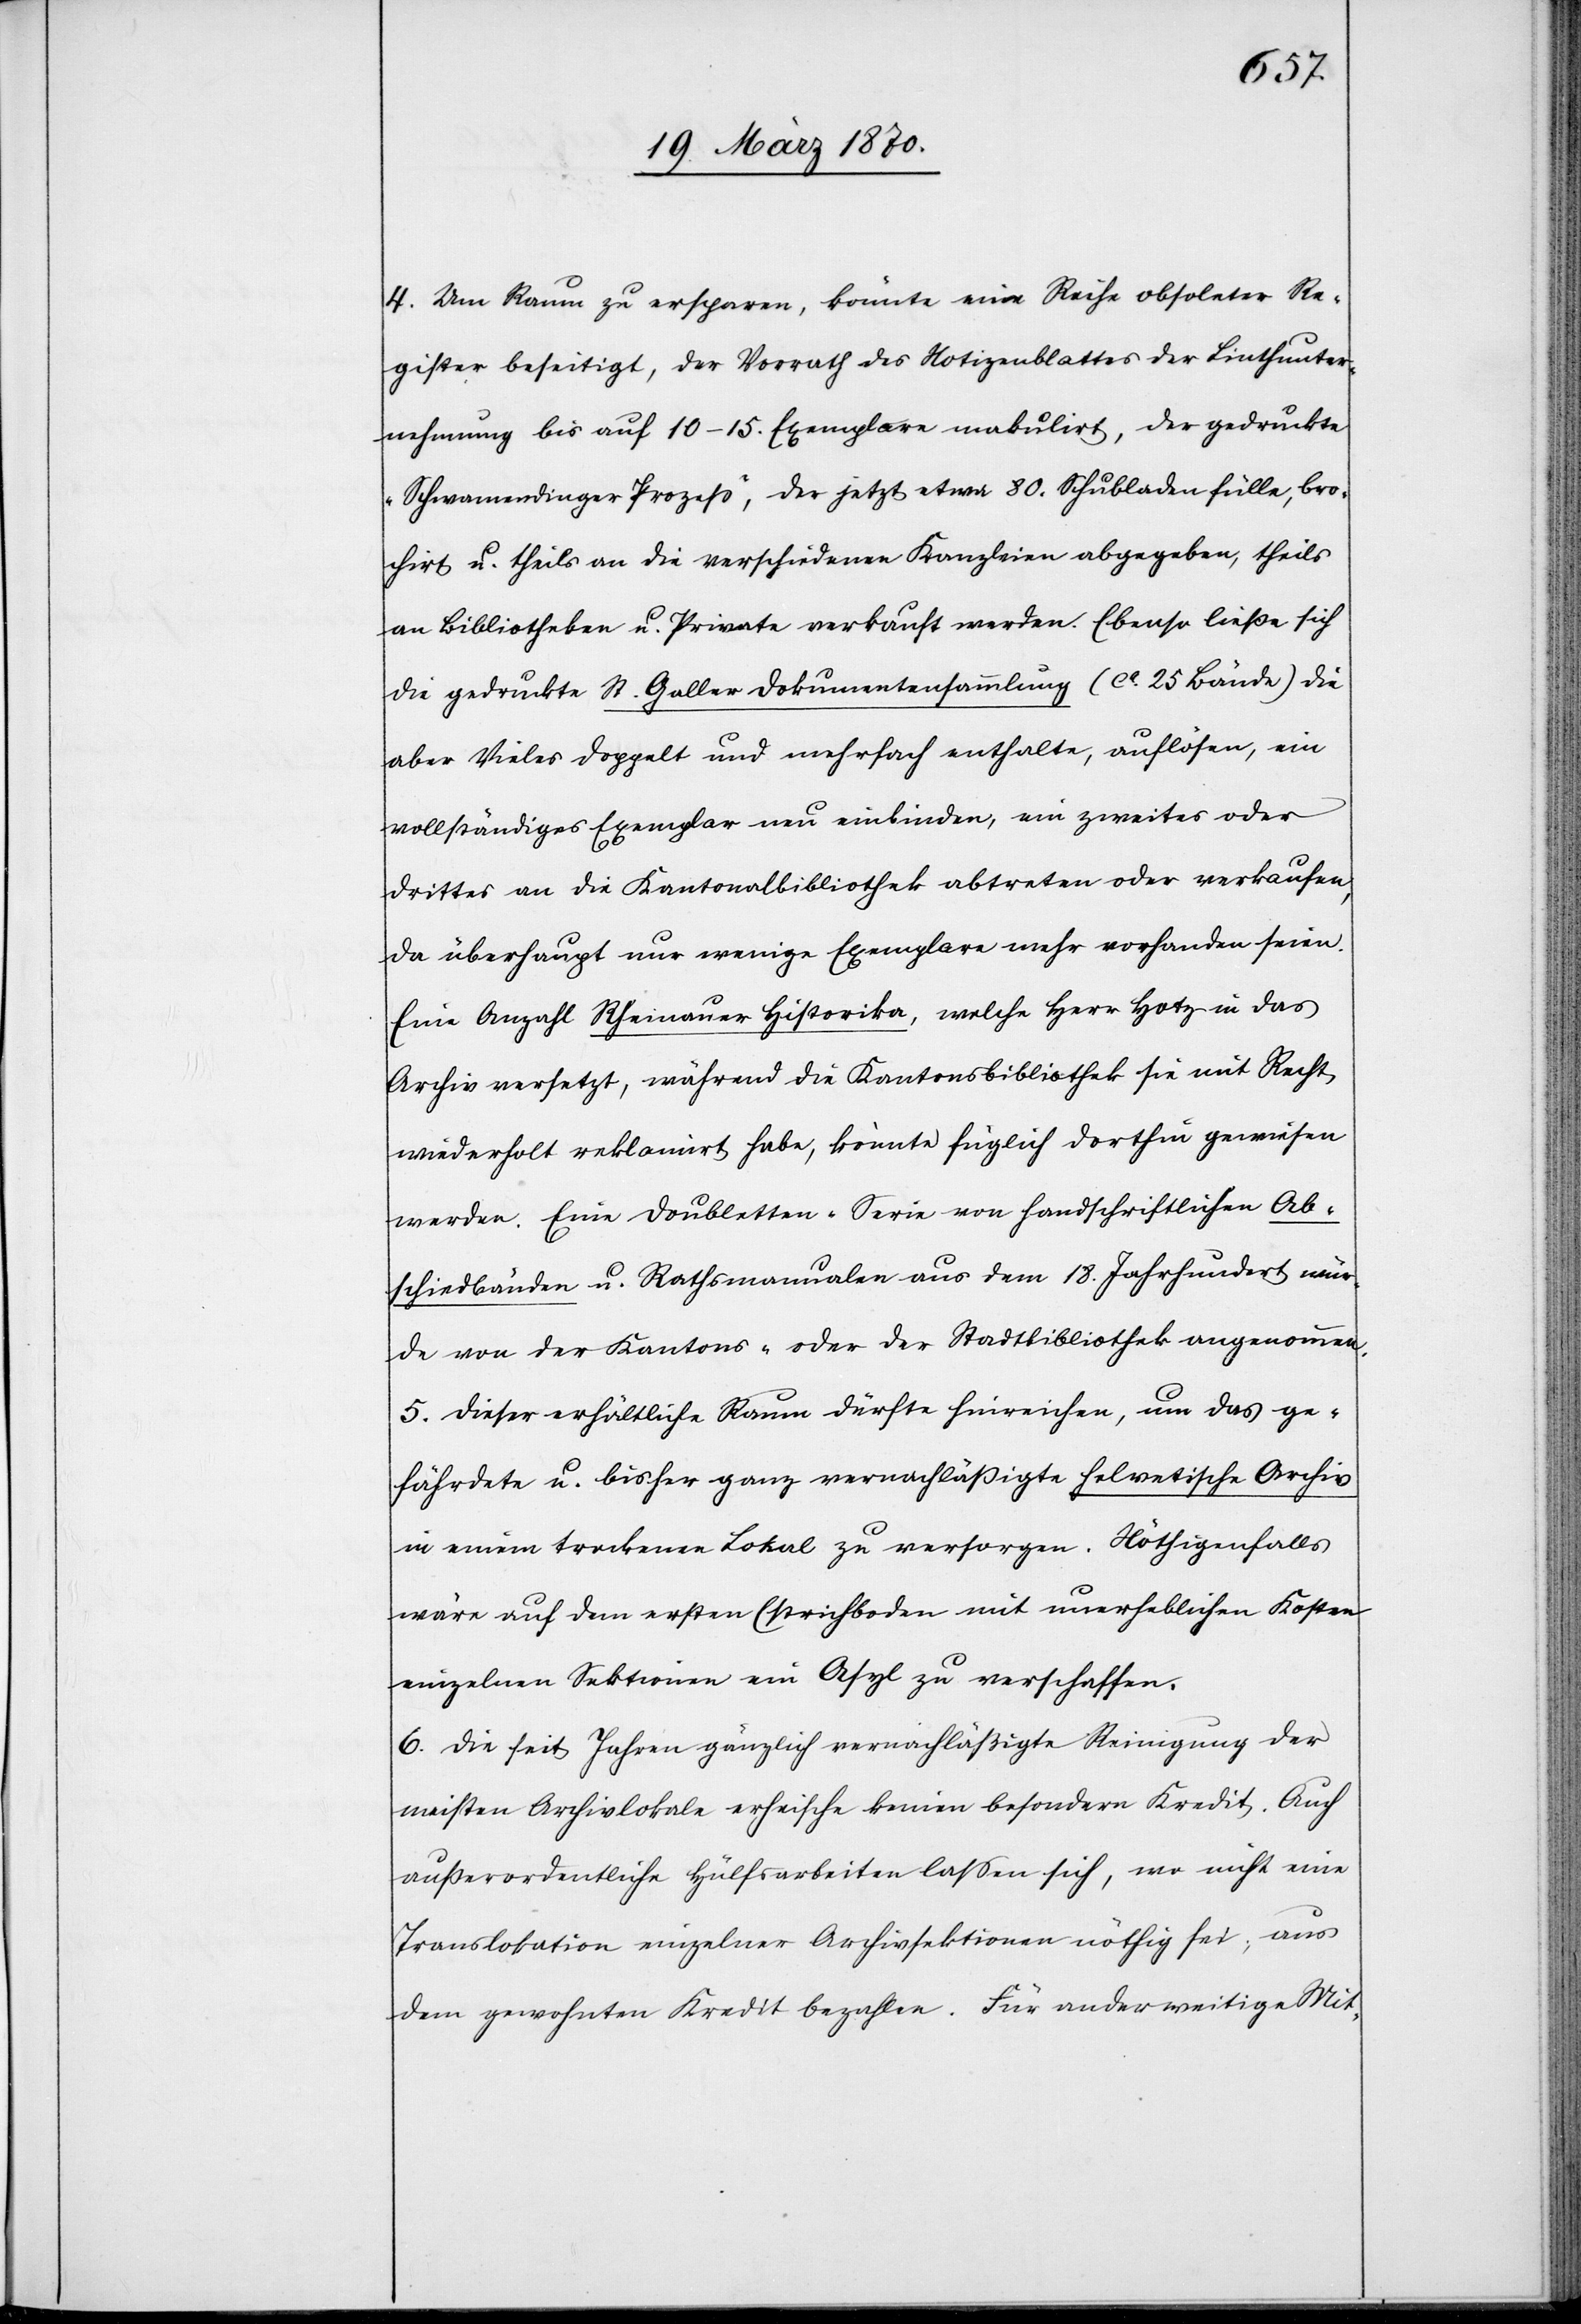
4. Um Raum zu ersparen, könnte eine Reihe obsoleter Re¬
gister beseitigt, der Vorrath des Notizenblattes der Linthunter¬
nehmung bis auf 10–15. Exemplare makulirt, der gedruckte
„Schwamendinger Prozeß“, der jetzt etwa 80. Schubladen fülle, bro¬
chirt u. theils in die verschiedenen Kanzleien abgegeben, theils
an Bibliotheken u. Private verkauft werden. Ebenso ließe sich
die gedruckte St. Galler Dokumentensammlung (ca. 25 Bände) die
aber Vieles doppelt und mehrfach enthalte, auflösen, ein
vollständiges Exemplar neu einbinden, ein zweites oder
drittes an die Kantonsbibliothek abtreten oder verkaufen,
da überhaupt nur wenige Exemplare mehr vorhanden seien.
Eine Anzahl Rheinauer Historika, welche Herr Hotz in das
Archiv versetzt, während die Kantonsbibliothek sie mit Recht
wiederholt reklamirt habe, könnte füglich dorthin gewiesen
werden. Eine Doubletten-Serie von handschriftlichen Ab¬
schiedbänden u. Rathsmanualen aus dem 18. Jahrhundert wür¬
de von der Kantons- oder der Stadtbibliothek angenommen.
5. Dieser erhältliche Raum dürfte hinreichen, um das ge¬
fährdete u. bisher ganz vernachläßigte helvetische Archiv
in einem trockenen Lokal zu versorgen. Nöthigenfalls
wäre auf dem ersten Estrichboden mit unerheblichen Kosten
einzelnen Sektionen ein Asyl zu verschaffen.
6. Die seit Jahren gänzlich vernachläßigte Reinigung der
meisten Archivlokale erheische keinen besondern Kredit. Auch
außerordentliche Hülfsarbeiten lassen sich, wo nicht eine
Translokation einzelner Archivsektionen nöthig sei, aus
dem gewohnten Kredit bezahlen. Für anderweitige Mit-